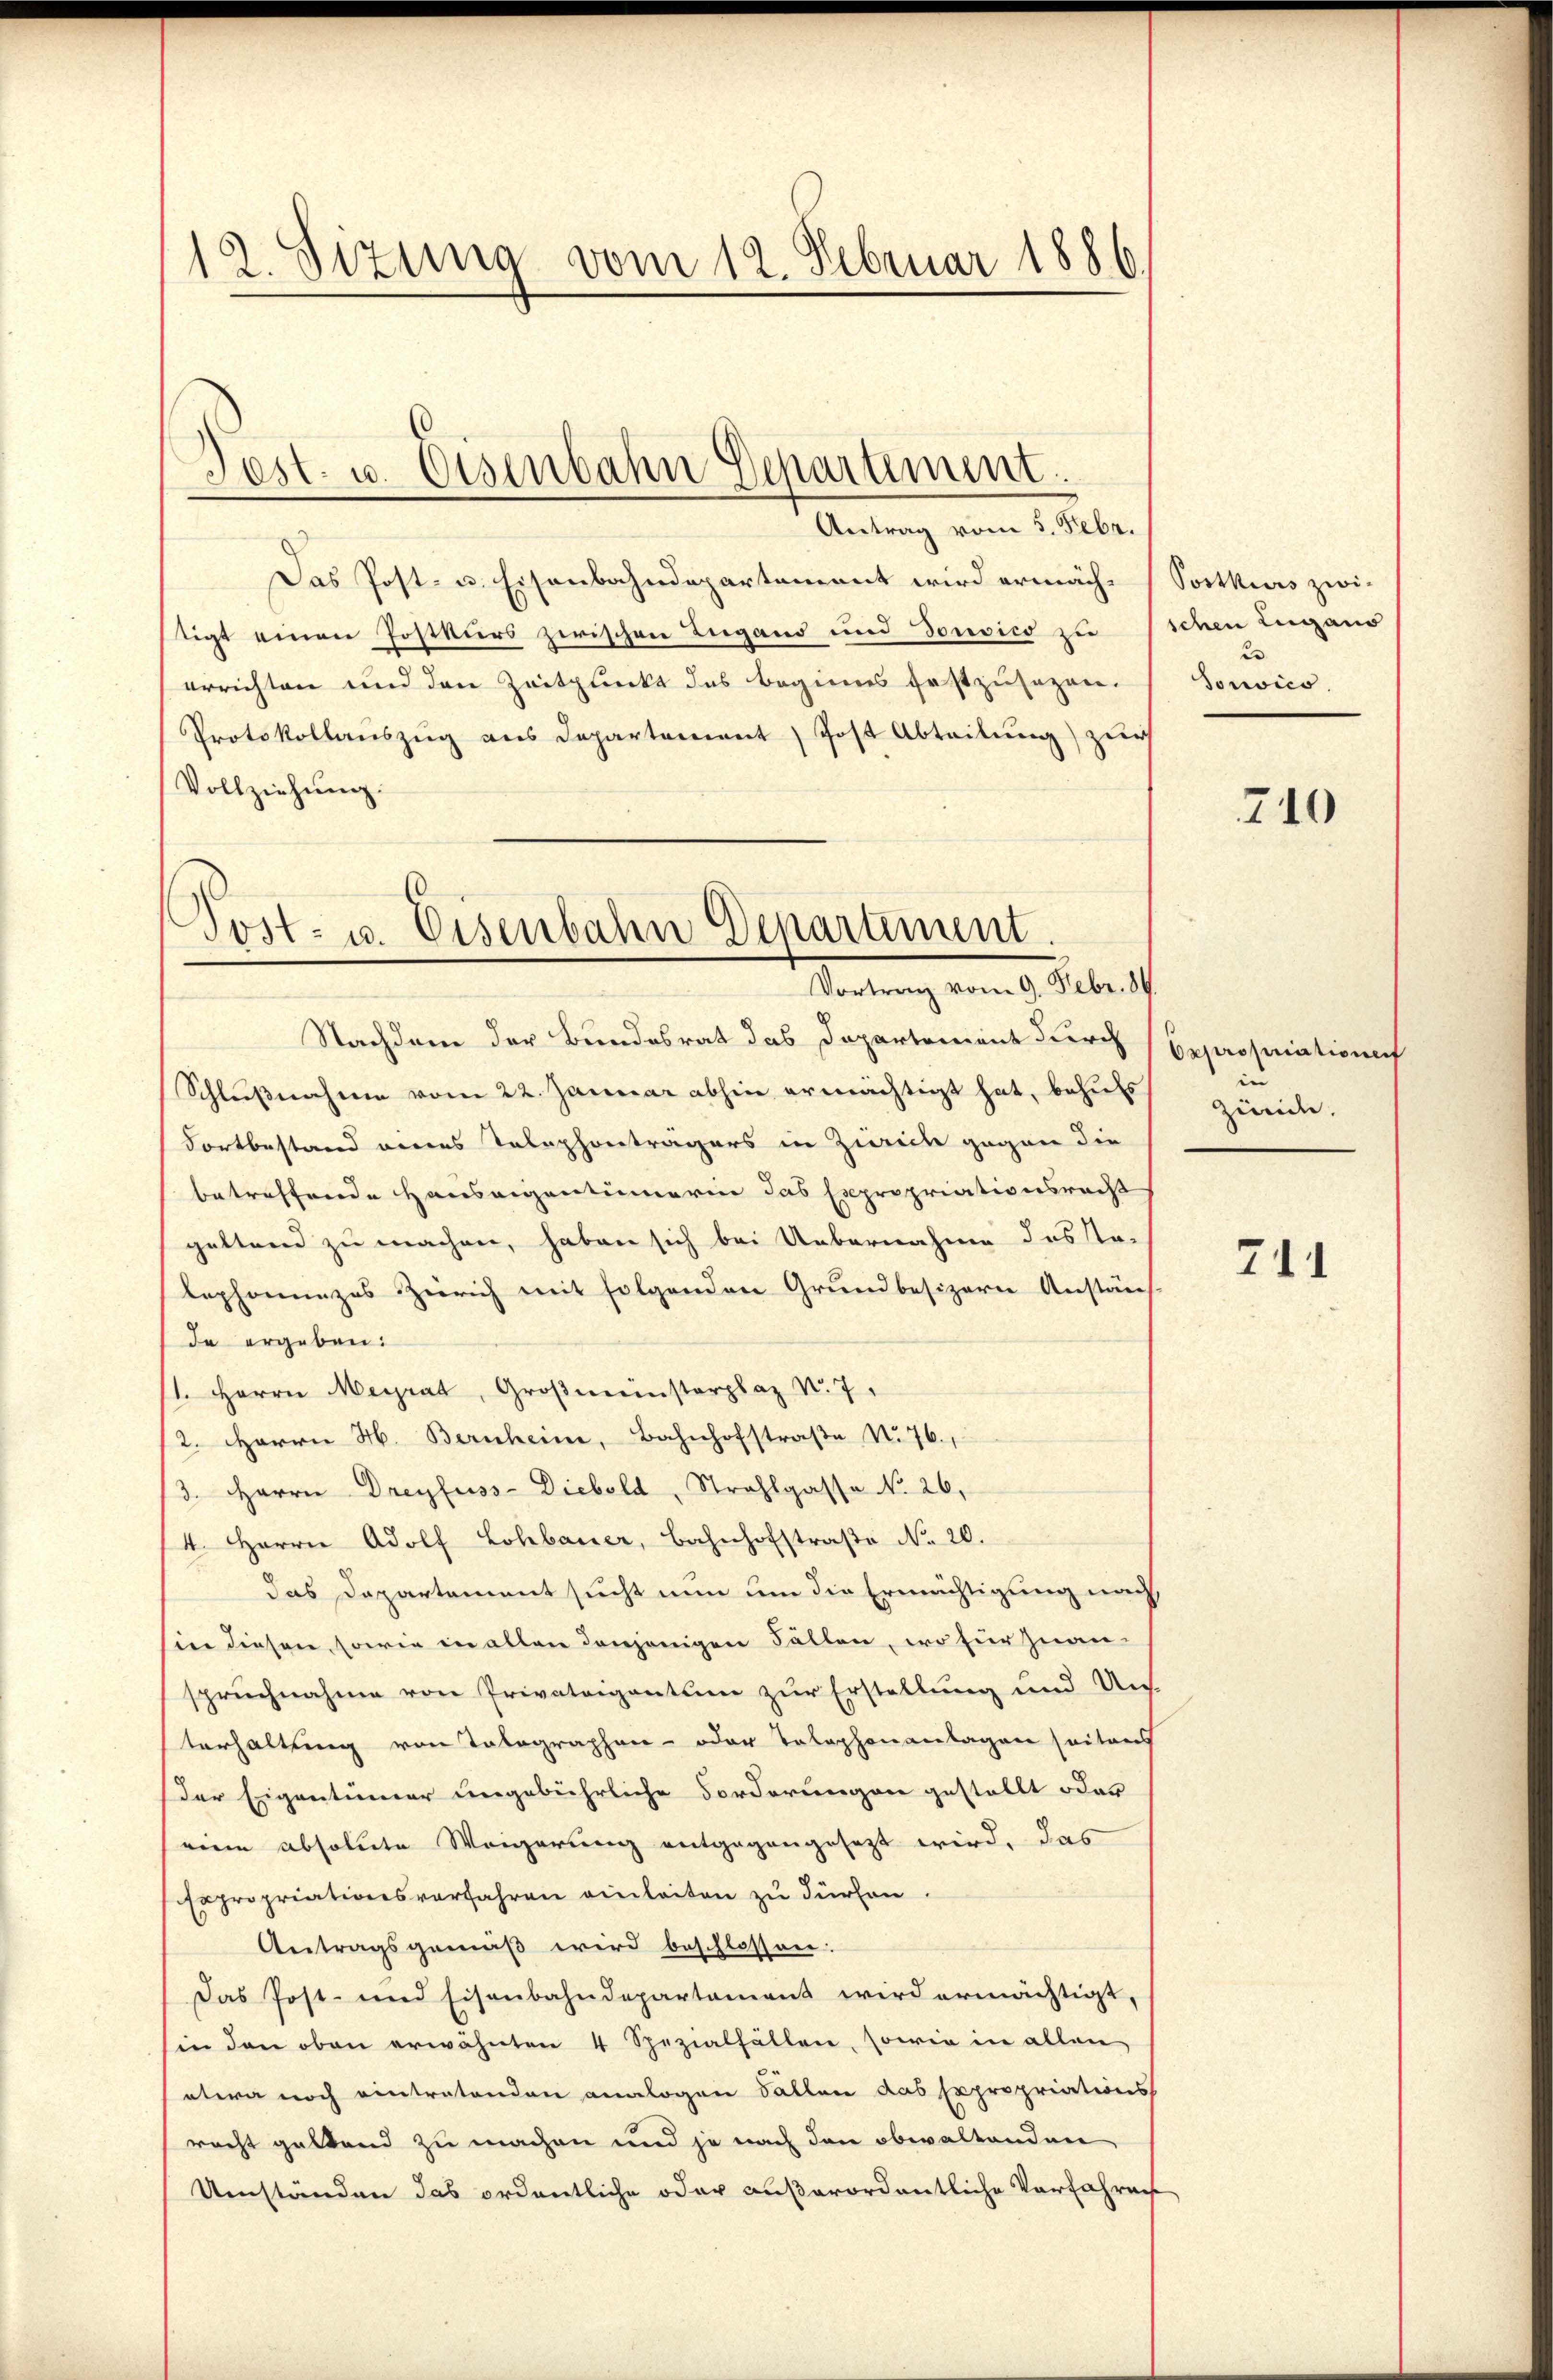
12. Sizung vom 12. Februar 1886.

Antrag vom 5. Febr.
Das Post- u. Eisenbahndepartement wird ermäch-
tigt einen Jostkurs zwischen Lugand und Dorsico zu
errichten und den Zeitpunkt des beginns festzusehen.
Protokollanszug aus Departement) Post Abteilung) zur
Vollziehŭng.
lephonanzes Zürich mit folgenden Grundbesizern Anstän
de ergeben:
st. Herrn Meyrat, Großmünsterplaz N. 7.
2. Herrn H. Bernheim, Bahnhofstraße N. 76.
3. Herrn Dreyfuss- Diebold, Strahlgasse No. 26.
4. Herrn Adolf Lohbauer, Bahnhofstraße No 20.
das Departement sucht nun um die Ermächtigung nach
sier diesen, sowie in allen denjenigen Fällen, wo für zwanspruchnahme von Privateigentum zur Erstellung und Uns.
terhaltung von Tatographen- oder Telephonanlagen seitens
Der Eigentümer ungebührliche Forderungen gestellt oder
eine absolute Weigerung entgegangesezt wird, das
Expropriationsverfahren einleiten zu dürfen.
Antragsgemäß wird beschlossen:
Das Post- und Eisenbahndepartament wird ermächtigt,
in den oben erwähnten 4 Spezialfällen, sowie in allen
etwa noch eintretenden analogen Fällen das Expropriations
racht geltend zu machen und je nach den obwaltenden
Umständen das ordentliche oder außerordentliche Vorfahrens

Fest. u. Eisenbahn Departement.

Post- u. Eisenbahn Departement.
Vortrag vom 9. Febr. 86.

Nachdem der Bundesrat das Departement durch
Schlußnahme vom 22. Januar abhin ermächtigt hat, behielt
Fortbestand eines Telephontragers in Zweck gegen die
betreffende Hauseigentümerin das Expropriationsrecht
geltend zu machen, haben sich bei Uebernahme des To-

Postkurs zwischen Lugano
Sonvico.

710

Oxpropriationenf
in
Zimite.

741